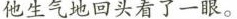
他生气地回头看了一眼。